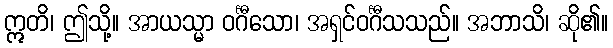
ဣတိ၊ ဤသို့။ အာယသ္မာ ဝင်္ဂီသော၊ အရှင်ဝင်္ဂီသသည်။ အဘာသိ၊ ဆို၏။